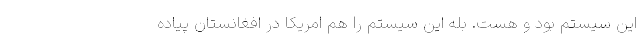
اين سيستم بود و هست. بله اين سيستم را هم امريكا در افغانستان پياده